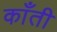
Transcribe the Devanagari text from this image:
काँती